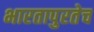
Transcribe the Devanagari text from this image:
भारतापुरतेच